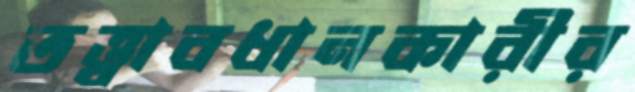
তত্ত্বাবধানকারীর